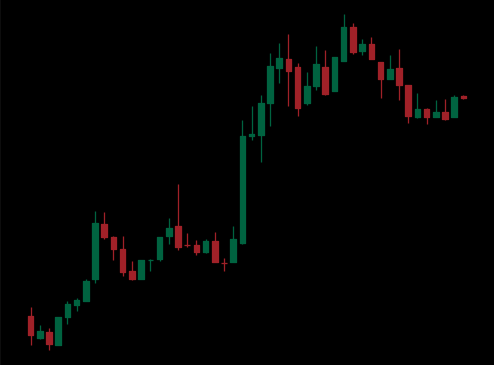
Pattern: bear_flag